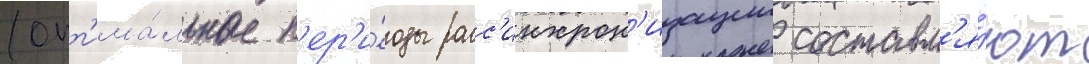
(опт'има́льные п'ер'и́оды расс'инхрон'изации составл'я́ют